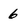
Character: 6